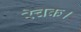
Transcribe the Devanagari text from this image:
रेचक।